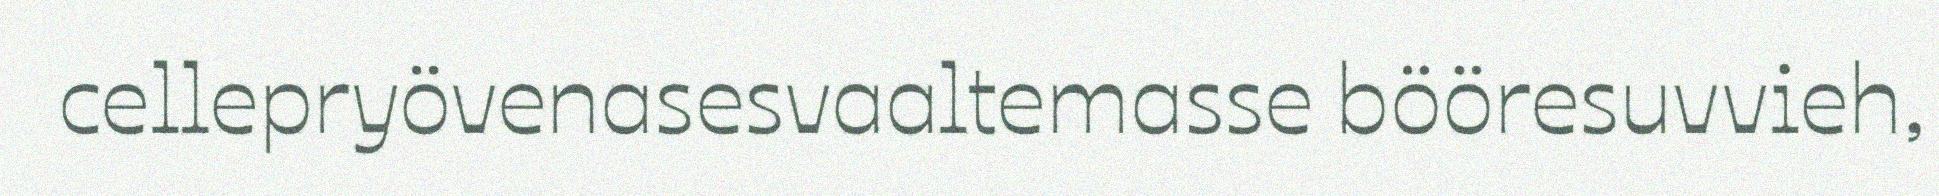
cellepryövenasesvaaltemasse bööresuvvieh,